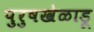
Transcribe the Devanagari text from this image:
पुरुषखेळाडू